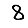
Digit: 8